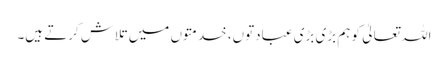
اللہ تعالیٰ کو ہم بڑی بڑی عبادتوں، خدمتوں میں تلاش کرتے ہیں۔